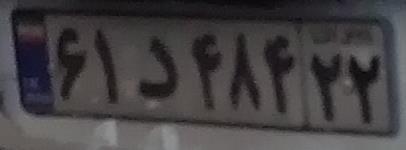
۶۱د۴۸۴۲۲